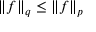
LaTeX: \| f \| _ { q } \leq \| f \| _ { p }